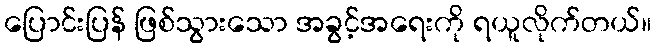
ပြောင်းပြန် ဖြစ်သွားသော အခွင့်အရေးကို ရယူလိုက်တယ်။